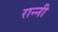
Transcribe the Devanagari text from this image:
रान्नी